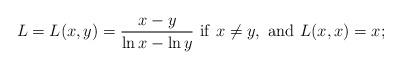
LaTeX: \begin{align*}L=L(x,y)=\frac{x-y}{\ln x-\ln y}\,\,{\rm if\,\,}x\not= y,\,\, {\rm and\,\,} L(x,x)=x; \end{align*}